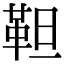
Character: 靼